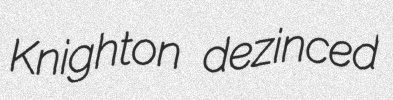
Knighton dezinced